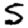
Digit: 5